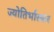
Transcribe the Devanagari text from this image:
ज्योतिर्भास्कर